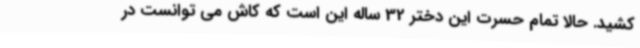
کشید. حالا تمام حسرت این دختر 32 ساله این است که کاش می توانست در